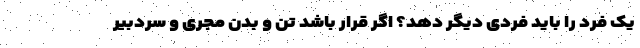
یک فرد را باید فردی دیگر دهد؟ اگر قرار باشد تن و بدن مجری و سردبیر